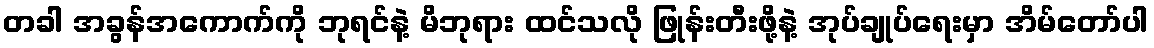
တခါ အခွန်အကောက်ကို ဘုရင်နဲ့ မိဘုရား ထင်သလို ဖြုန်းတီးဖို့နဲ့ အုပ်ချုပ်ရေးမှာ အိမ်တော်ပါ